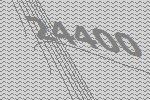
24400